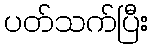
ပတ်သက်ပြီး